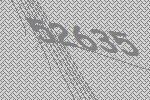
52635